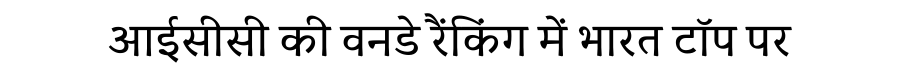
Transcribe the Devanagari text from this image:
आईसीसी की वनडे रैंकिंग में भारत टॉप पर